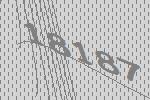
18187